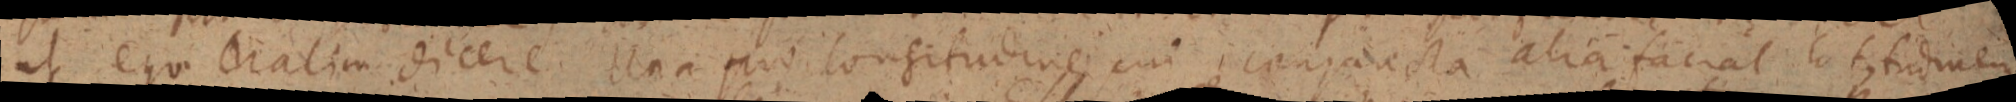
ut ego _ ralim dicere. Una pro longitudine cui comparecta alia faciat latitudinem